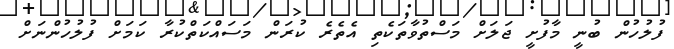
ފުލުހުން ބުނީ މާފުށީ ޖަލަށް މަސްތުވާތަކެތި އެތެރެ ކުރަން މަސައްކަތްކުރާ ކަމަށް ފުލުހުންނަށް